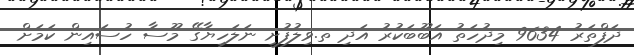
ދަފްތަރު 9634 މިދުހަތު އަބޫބަކުރު އަދި ތ.ވިލުފުށީ ނަލަހިޔާގޭ މޫސާ ހުސައިން ކަމަށް